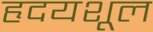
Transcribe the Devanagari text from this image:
हृदयशूल